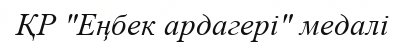
ҚР "Еңбек ардагері" медалі